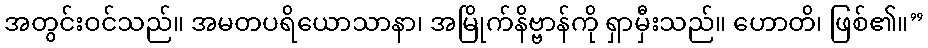
အတွင်းဝင်သည်။ အမတပရိယောသာနာ၊ အမြိုက်နိဗ္ဗာန်ကို ရှာမှီးသည်။ ဟောတိ၊ ဖြစ်၏။”